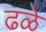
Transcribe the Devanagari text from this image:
ढळे